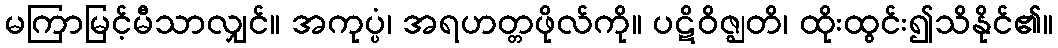
မကြာမြင့်မီသာလျှင်။ အကုပ္ပံ၊ အရဟတ္တဖိုလ်ကို။ ပဋိဝိဇ္ဈတိ၊ ထိုးထွင်း၍သိနိုင်၏။